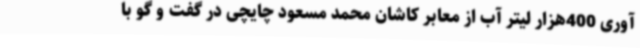
آوری 400هزار لیتر آب از معابر کاشان محمد مسعود چایچی در گفت و گو با